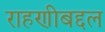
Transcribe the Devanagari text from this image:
राहणीबद्दल